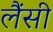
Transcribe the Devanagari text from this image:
लैंसी